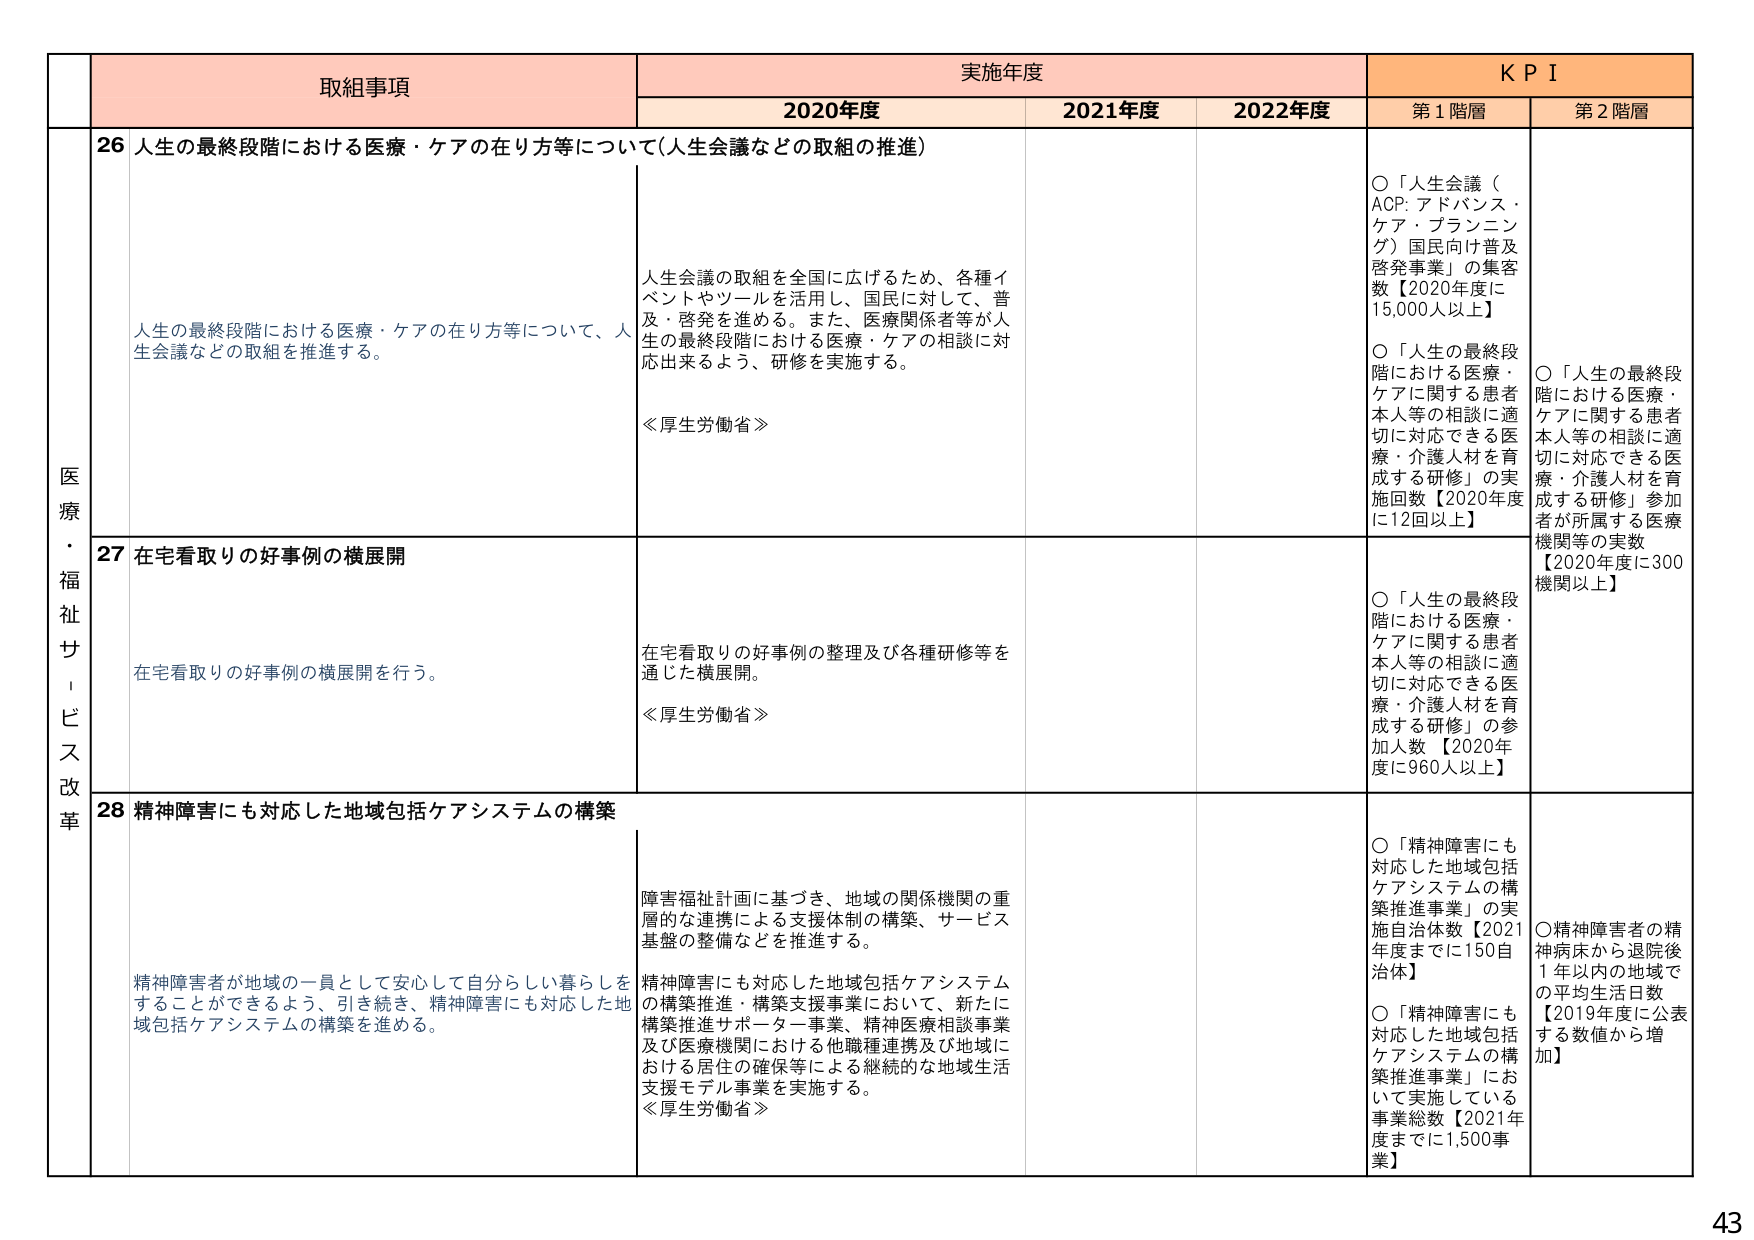
取組事項 実施年度 K P I 2020年度 2021年度 2022年度 第1階層 第2階層 医療・福祉サービス改革 26 人生の最終段階における医療・ケアの在り方等について（人生会議などの取組の推進） 人生の最終段階における医療・ケアの在り方等について、人生会議などの取組を推進する。 人生会議の取組を全国に広げるため、各種イベントやツールを活用し、国民に対して、普及・啓発を進める。また、医療関係者等が人生の最終段階における医療・ケアの相談に対応出来るよう、研修を実施する。 《厚生労働省》 ○「人生会議（ACP: アドバンス・ケア・プランニング）国民向け普及啓発事業」の集客数【2020年度に15,000人以上】 ○「人生の最終段階における医療・ケアに関する患者本人等の相談に適切に対応できる医療・介護人材を育成する研修」の実施回数【2020年度に12回以上】 ○「人生の最終段階における医療・ケアに関する患者本人等の相談に適切に対応できる医療・介護人材を育成する研修」参加者が所属する医療機関等の実数【2020年度に300機関以上】 27 在宅看取りの好事例の横展開 在宅看取りの好事例の横展開を行う。 在宅看取りの好事例の整理及び各種研修等を通じた横展開。 《厚生労働省》 ○「人生の最終段階における医療・ケアに関する患者本人等の相談に適切に対応できる医療・介護人材を育成する研修」の参加人数【2020年度に960人以上】 28 精神障害にも対応した地域包括ケアシステムの構築 精神障害者が地域の一員として安心して自分らしい暮らしをすることができるよう、引き続き、精神障害にも対応した地域包括ケアシステムの構築を進める。 障害福祉計画に基づき、地域の関係機関の重層的な連携による支援体制の構築、サービス基盤の整備などを推進する。 精神障害にも対応した地域包括ケアシステムの構築推進・構築支援事業において、新たに構築推進サポーター事業、精神医療相談事業及び医療機関における他職種連携及び地域における居住の確保等による継続的な地域生活支援モデル事業を実施する。 《厚生労働省》 ○「精神障害にも対応した地域包括ケアシステムの構築推進事業」の実施自治体数【2021年度までに150自治体】 ○「精神障害にも対応した地域包括ケアシステムの構築推進事業」において実施している事業総数【2021年度までに1,500事業】 ○精神障害者の精神病床から退院後1年以内の地域での平均生活日数【2019年度に公表する数値から増加】 43